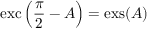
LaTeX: \operatorname { e x c } \left( { \frac { \pi } { 2 } } - A \right) = \operatorname { e x s } ( A )